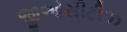
જીઓસીટીઝ